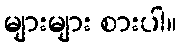
များများ စားပါ။